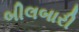
બીલબારી